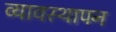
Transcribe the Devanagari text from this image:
व्यावस्थापन